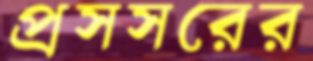
প্রসসরের